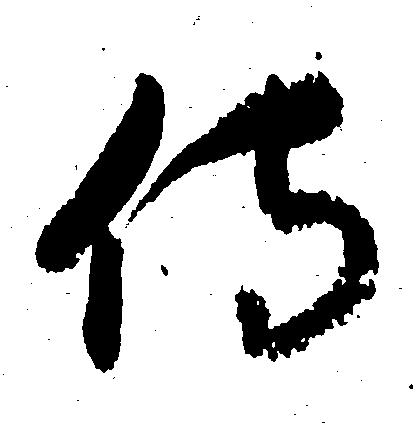
侍